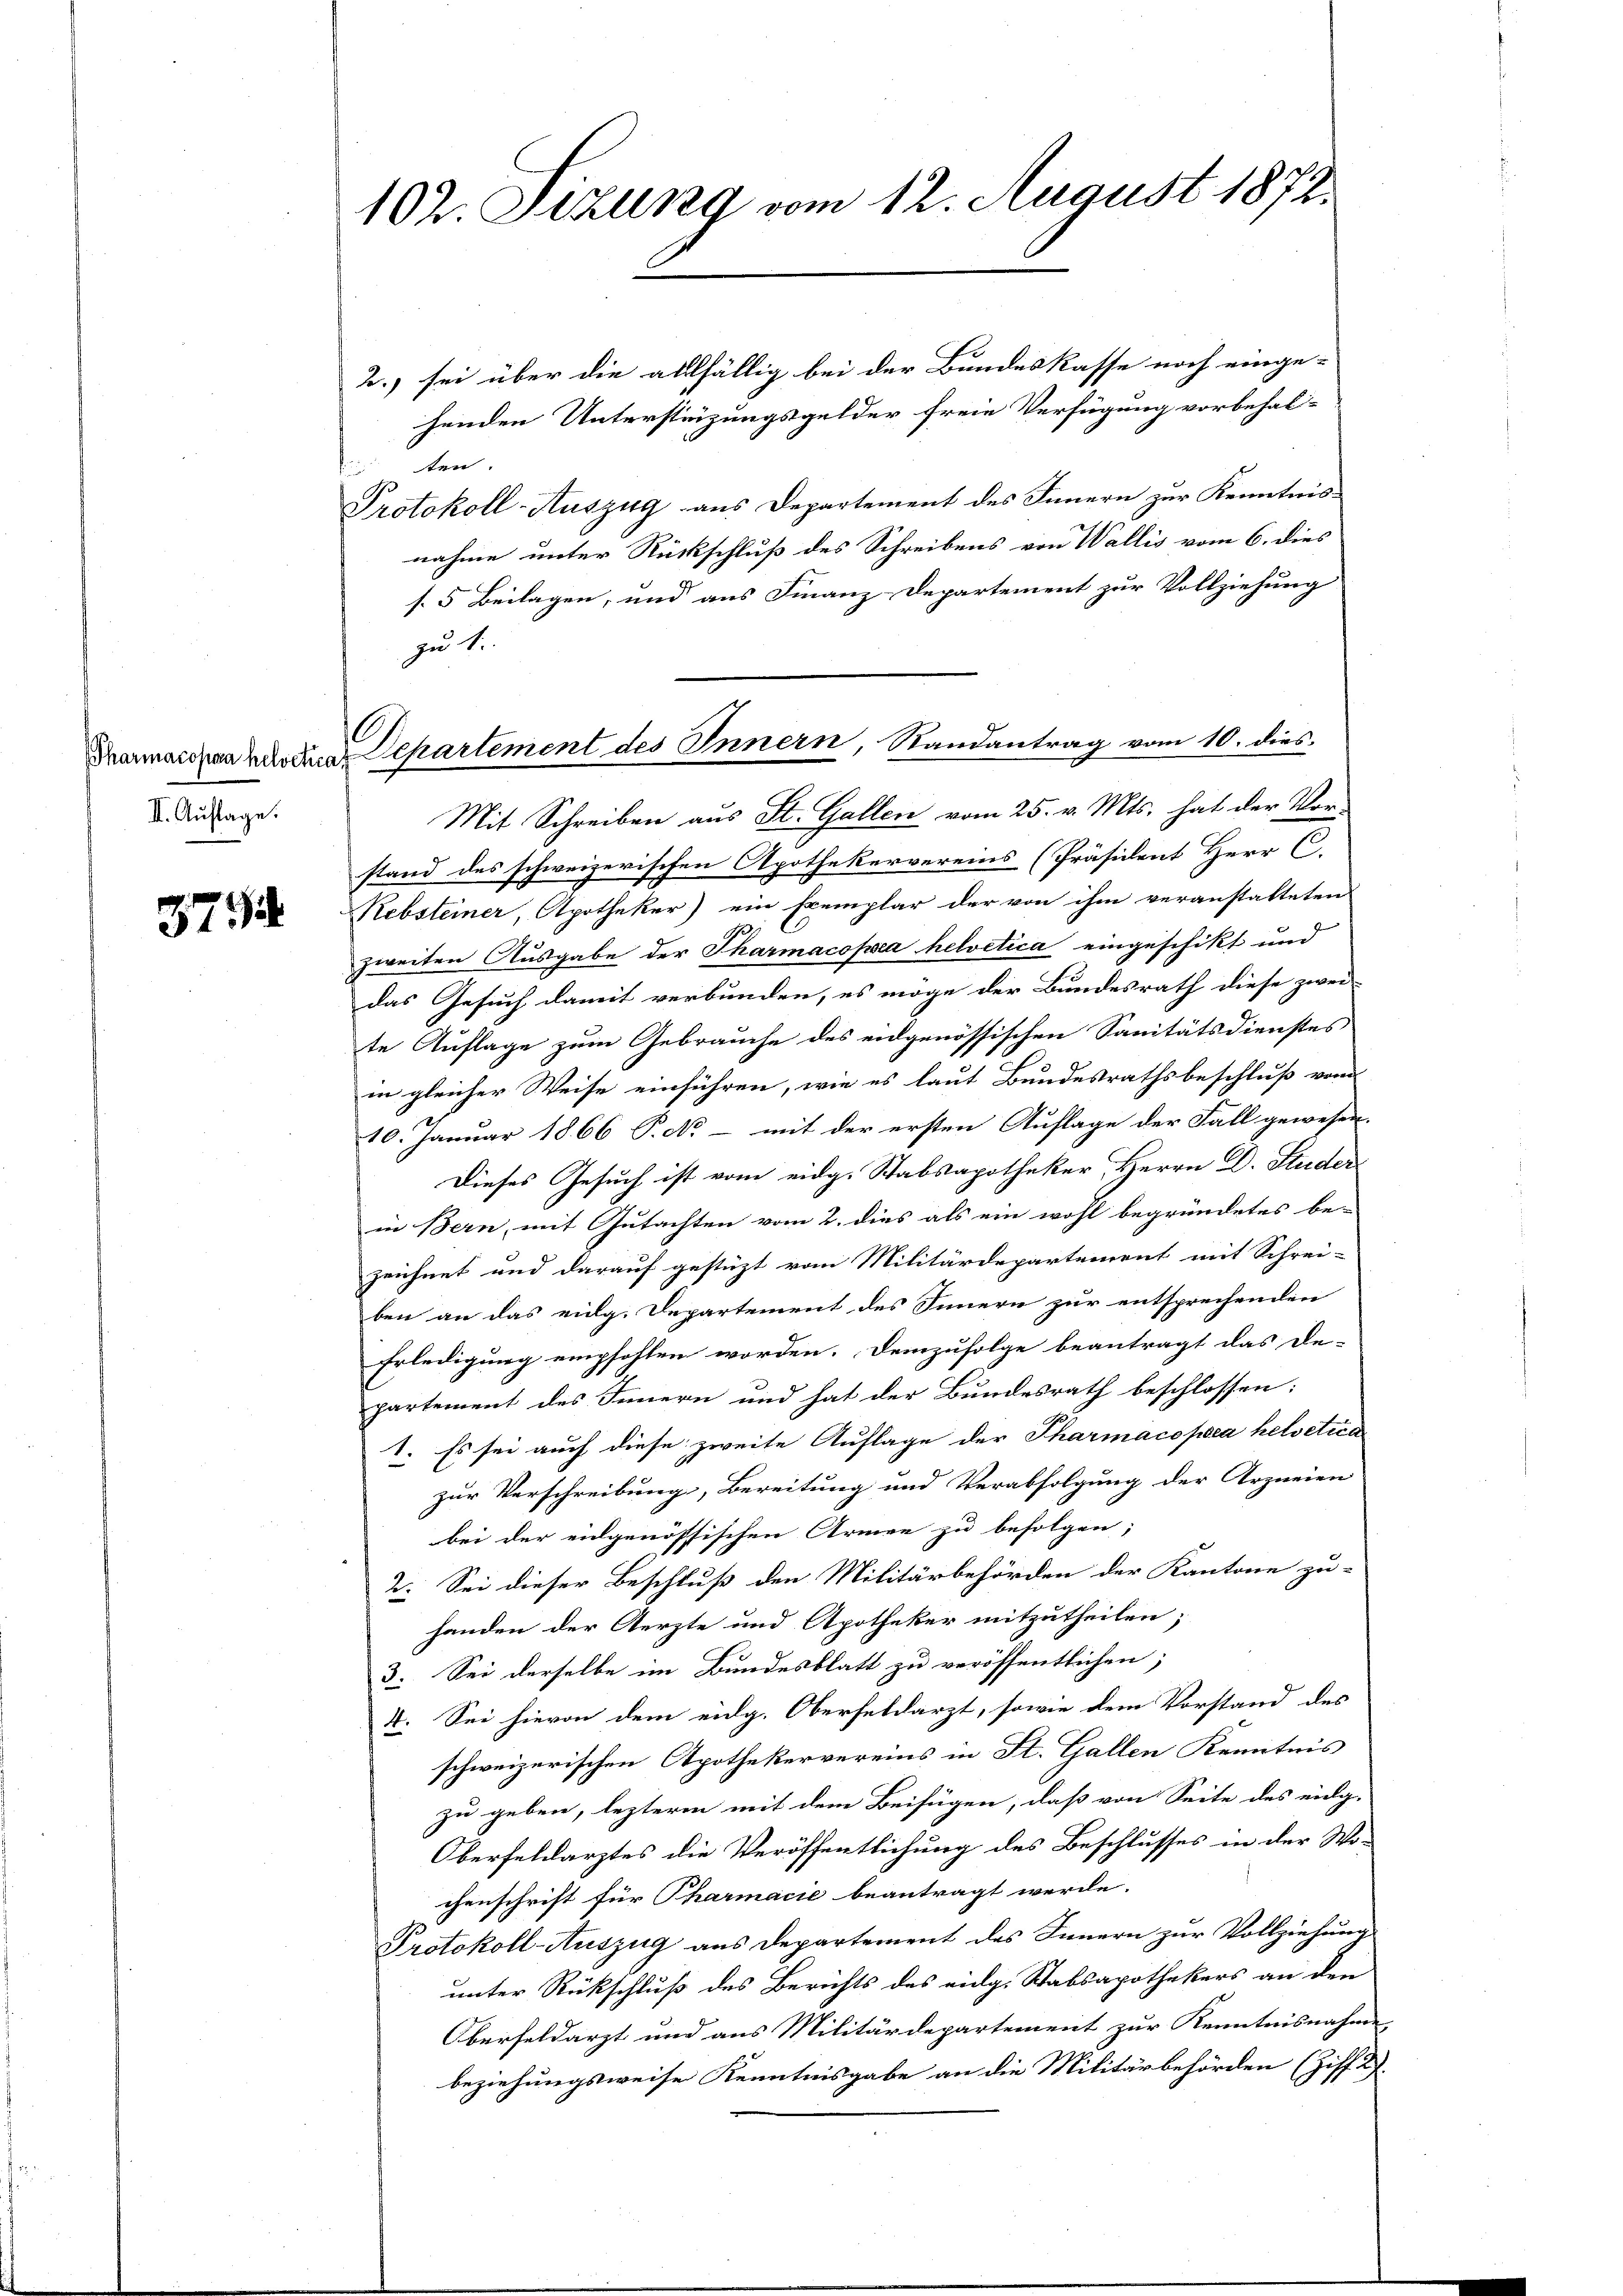
II. Auflage.

3794

102. Sekung vom 12. August 1872.

Tanmaschen die Departement des Innern, Randantrag vom 10. dies

2.) sei über die allfällig bei der Bundeskasse noch einge-
henden Unterstüzungsgelder freie Verfügung vorbehal-
dienten.
Protokoll-Auszug aus Departement des Innern zur Kenntnis-
nahme unter Rückschluß des Schreibens von Wallis vom 6. dies
s. 5 Beilagen, und aus Finanz-Departement zur Vollziehung
zu 1.
Mit Schreiben aus St. Gallen vom 25. v. Mts. hat der Vorstand des schweizerischen Apothekervereins (Präsident Herr C.
Rebsteiner, Apotheker) ein Exemplar der von ihm veranstalteten
zweiten Ausgabe der Tharmacopoea helvetica eingeschikt und
das Gesuch damit verbunden, es möge der Bundesrath diese zwei
te Auflage zum Gebrauche des eidgenössischen Sanitätsdienstes
in gleicher Weise einführen, wie es laut Bundesrathsbeschluß von
10. Januar 1866 P. N. - mit der ersten Auflage der Fall gewesen.
Dieses Gesuch ist vom eidg. Stabsapotheker Herrn D. Studer
in Bern, mit Gutachten vom 2. dies als ein wohl begründetes be-
zeichnet und darauf gestüzt vom Militärdepartement mit Schrei-
ben an das eidg. Departement des Innern zur entsprechenden
Erledigung empfehlen worden. Demzufolge beantragt das De-
partement des Innern und hat der Bundesrath beschlossen:
1. Es sei auch diese zweite Auflage der Pharmacopoea helvetica
zur Verschreibung, Bereitung und Verabfolgung der Arzneien
bei der eidgenössischen Armen zu befolgen;
2. Sei dieser Beschluß den Militärbehörden der Kantone zu-
handen der Aerzte und Apotheker mitzutheilen;
3. Sei derselbe im Bundesblatt zu veröffentlichen;
4. Sei hievon dem eidg. Oberfeldarzt, sowie dem Vorstand des
schweizerischen Apothekervereins in St. Gallen Kenntnis
zu geben, lezteren mit dem Beifügen, daß von Seite des eidg-
Oberfeldarztes die Veröffentlichung des Beschlusses in der Wo-
chenschrift für Pharmacie beantragt werde.
Protokoll-Auszug aus Departement des Innern zur Vollziehung
unter Rückschluß des Berichts des eidg. Stabsapothekers an den
Oberfeldarzt und aus Militärdepartement zur Kenntnisnahme
beziehungsweise Kenntnisgabe an die Militärbehörden (Ziff. 2.